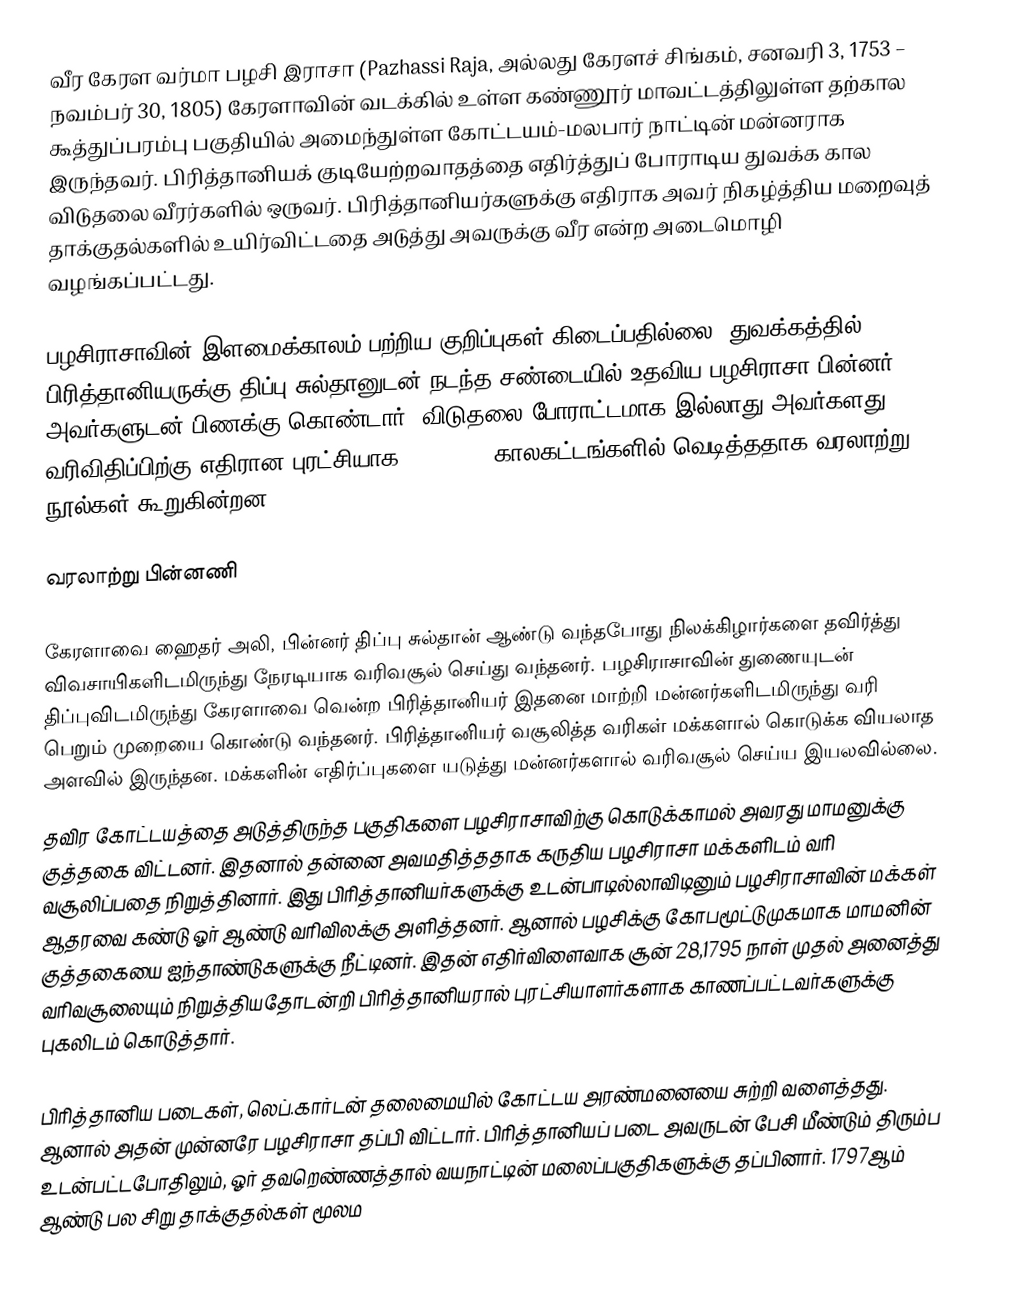
வீர கேரள வர்மா பழசி இராசா (Pazhassi Raja, அல்லது கேரளச் சிங்கம், சனவரி 3, 1753 – நவம்பர் 30, 1805) கேரளாவின்  வடக்கில் உள்ள கண்ணூர் மாவட்டத்திலுள்ள தற்கால கூத்துப்பரம்பு பகுதியில் அமைந்துள்ள கோட்டயம்-மலபார் நாட்டின் மன்னராக இருந்தவர். பிரித்தானியக் குடியேற்றவாதத்தை எதிர்த்துப் போராடிய துவக்க கால விடுதலை வீரர்களில் ஒருவர். பிரித்தானியர்களுக்கு எதிராக அவர் நிகழ்த்திய மறைவுத் தாக்குதல்களில் உயிர்விட்டதை அடுத்து அவருக்கு வீர என்ற அடைமொழி வழங்கப்பட்டது.

பழசிராசாவின் இளமைக்காலம் பற்றிய குறிப்புகள் கிடைப்பதில்லை. துவக்கத்தில் பிரித்தானியருக்கு திப்பு சுல்தானுடன் நடந்த சண்டையில் உதவிய பழசிராசா பின்னர் அவர்களுடன் பிணக்கு கொண்டார். விடுதலை போராட்டமாக இல்லாது அவர்களது வரிவிதிப்பிற்கு எதிரான புரட்சியாக 1793–1797 காலகட்டங்களில் வெடித்ததாக வரலாற்று நூல்கள் கூறுகின்றன.

வரலாற்று பின்னணி

கேரளாவை ஹைதர் அலி, பின்னர் திப்பு சுல்தான் ஆண்டு வந்தபோது நிலக்கிழார்களை தவிர்த்து விவசாயிகளிடமிருந்து நேரடியாக வரிவசூல் செய்து வந்தனர். பழசிராசாவின் துணையுடன் திப்புவிடமிருந்து கேரளாவை வென்ற பிரித்தானியர் இதனை மாற்றி மன்னர்களிடமிருந்து வரி பெறும் முறையை கொண்டு வந்தனர். பிரித்தானியர் வசூலித்த வரிகள் மக்களால் கொடுக்க வியலாத அளவில் இருந்தன. மக்களின் எதிர்ப்புகளை யடுத்து மன்னர்களால் வரிவசூல் செய்ய இயலவில்லை.
தவிர கோட்டயத்தை அடுத்திருந்த பகுதிகளை பழசிராசாவிற்கு கொடுக்காமல் அவரது மாமனுக்கு குத்தகை விட்டனர். இதனால் தன்னை அவமதித்ததாக கருதிய பழசிராசா மக்களிடம் வரி வசூலிப்பதை நிறுத்தினார். இது பிரித்தானியர்களுக்கு உடன்பாடில்லாவிடினும் பழசிராசாவின் மக்கள் ஆதரவை கண்டு ஓர் ஆண்டு வரிவிலக்கு அளித்தனர். ஆனால் பழசிக்கு கோபமூட்டுமுகமாக மாமனின் குத்தகையை ஐந்தாண்டுகளுக்கு நீட்டினர். இதன் எதிர்விளைவாக சூன் 28,1795 நாள் முதல் அனைத்து வரிவசூலையும் நிறுத்தியதோடன்றி பிரித்தானியரால் புரட்சியாளர்களாக காணப்பட்டவர்களுக்கு புகலிடம் கொடுத்தார்.

பிரித்தானிய படைகள், லெப்.கார்டன் தலைமையில் கோட்டய அரண்மனையை சுற்றி வளைத்தது. ஆனால் அதன் முன்னரே பழசிராசா தப்பி விட்டார். பிரித்தானியப் படை அவருடன் பேசி மீண்டும் திரும்ப உடன்பட்டபோதிலும், ஓர் தவறெண்ணத்தால் வயநாட்டின் மலைப்பகுதிகளுக்கு தப்பினார். 1797ஆம் ஆண்டு பல சிறு தாக்குதல்கள் மூலம